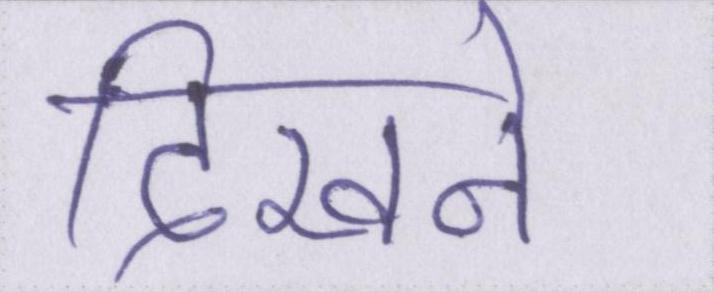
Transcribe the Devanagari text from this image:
दिखने